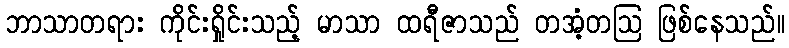
ဘာသာတရား ကိုင်းရှိုင်းသည့် မာသာ ထရီဇာသည် တအံ့တဩ ဖြစ်နေသည်။